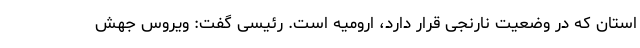
استان که در وضعیت نارنجی قرار دارد، ارومیه است. رئیسی گفت: ویروس جهش